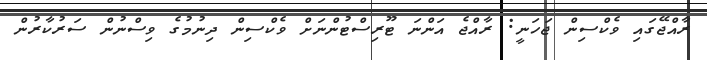
ރާއްޖޭގައި ވެކްސިން ޖަހަނީ: ރާއްޖެ އަންނަ ޓޫރިސްޓުންނަށް ވެކްސިން ދިނުމުގެ ވިސްނުން ސަރުކާރުން